Source: Handwritten
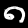
Digit: ၈ (8)